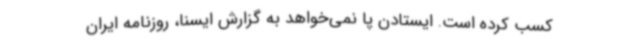
‌کسب کرده است. ایستادن پا نمی‌خواهد به گزارش ایسنا، روزنامه ایران